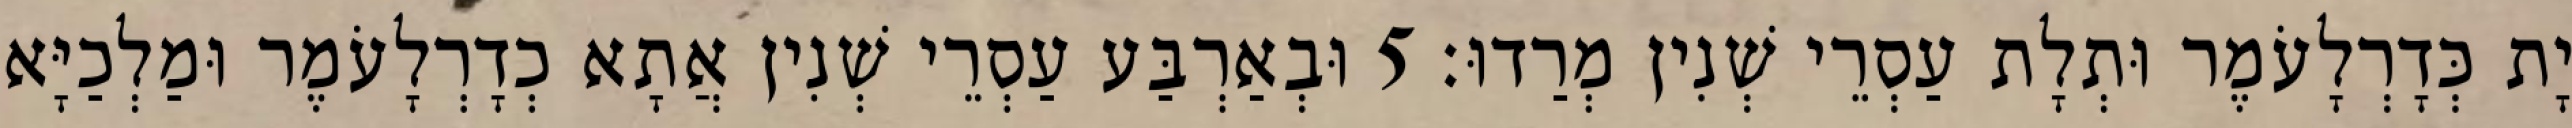
יָת כְּדָרְלָעֹמֶר וּתְלָת עַסְרֵי שְׁנִין מְרַדוּ׃ 5 וּבְאַרְבַּע עַסְרֵי שְׁנִין אֲתָא כְדָרְלָעֹמֶר וּמַלְכַיָּא